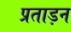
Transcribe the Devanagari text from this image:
प्रताड़न